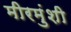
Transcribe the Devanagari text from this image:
मीरमुंशी